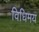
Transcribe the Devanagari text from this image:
विधिमय